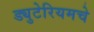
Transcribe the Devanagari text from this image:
ड्युटेरियमचे